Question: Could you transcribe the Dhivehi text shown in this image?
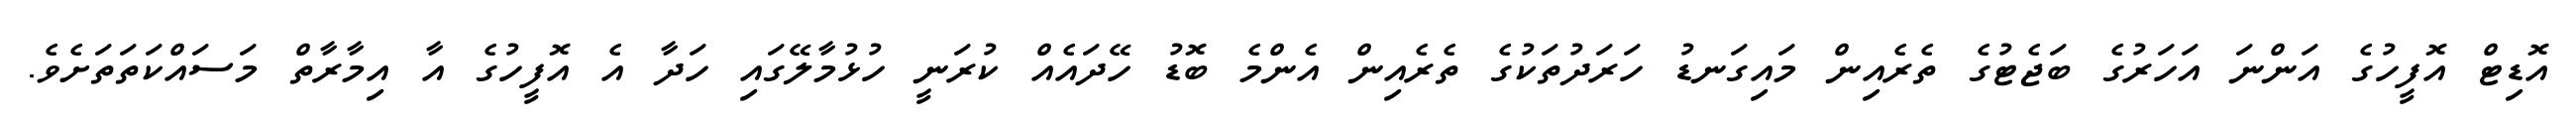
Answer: އޮޑިޓް އޮފީހުގެ އަންނަ އަހަރުގެ ބަޖެޓުގެ ތެރެއިން މައިގަނޑު ހަރަދުތަކުގެ ތެރެއިން އެންމެ ބޮޑު ހޭދައެއް ކުރަނީ ހުޅުމާލޭގައި ހަދާ އެ އޮފީހުގެ އާ އިމާރާތް މަސައްކަތަތަށެވެ.